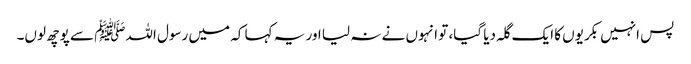
پس انہیں بکریوں کا ایک گلہ دیا گیا، تو انہوں نے نہ لیا اور یہ کہا کہ میں رسول اللہﷺ سے پوچھ لوں۔